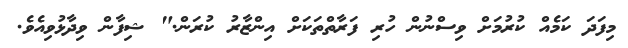
މިފަދަ ކަމެއް ކުރުމަށް ވިސްނުން ހުރި ފަރާތްތަކަށް އިންޒާރު ކުރަން." ޝިފާން ވިދާޅުވިއެވެ.